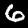
Digit: 6